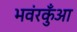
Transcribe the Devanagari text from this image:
भवंरकुँआ